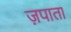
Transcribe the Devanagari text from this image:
ज़पाता